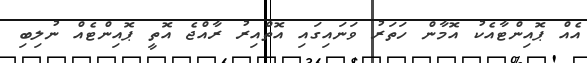
އެއް ޕޮއިންޓާއެކު އޮމާން ހަތަރު ވަނައިގައި އޮތްއިރު ރާއްޖެ އޮތީ ޕޮއިންޓެއް ނުލިބި